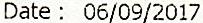
DATE : 06/09/2017